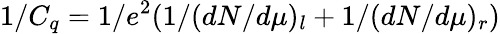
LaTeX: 1/C_{q}=1/e^{2}(1/(dN/d\mu)_{l}+1/(dN/d\mu)_{r})